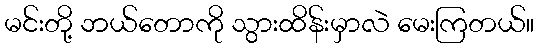
မင်းတို့ ဘယ်တောကို သွားထိန်းမှာလဲ မေးကြတယ်။